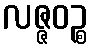
လဇ္ဇဝဉ္စ